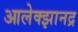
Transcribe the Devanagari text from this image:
आलेक्झानद्र